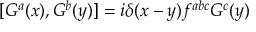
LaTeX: [ G ^ { a } ( x ) , G ^ { b } ( y ) ] = i \delta ( x - y ) f ^ { a b c } G ^ { c } ( y )